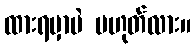
ထားရမှာပဲ မဟုတ်လား။